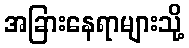
အခြားနေရာများသို့